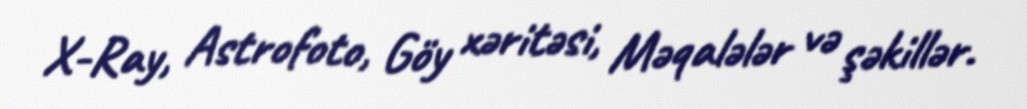
X-Ray, Astrofoto, Göy xəritəsi, Məqalələr və şəkillər.